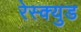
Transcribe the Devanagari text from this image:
रेस्क्युड